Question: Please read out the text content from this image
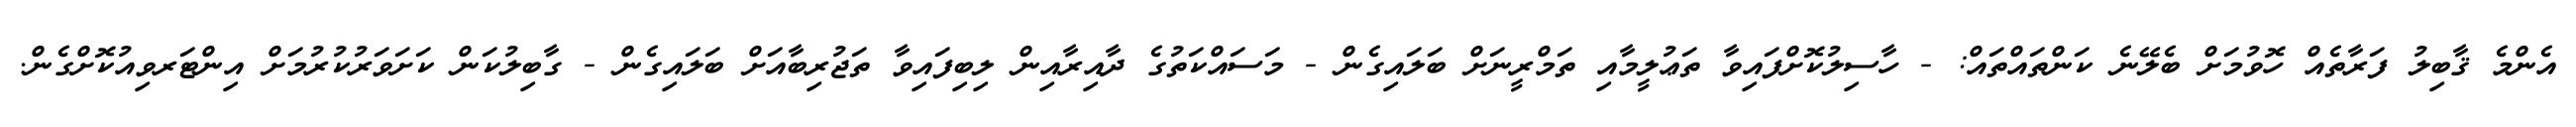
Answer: އެންމެ ޤާބިލު ފަރާތެއް ހޮވުމަށް ބެލޭނެ ކަންތައްތައް: - ހާސިލުކޮށްފައިވާ ތަޢުލީމާއި ތަމްރީނަށް ބަލައިގެން - މަސައްކަތުގެ ދާއިރާއިން ލިބިފައިވާ ތަޖުރިބާއަށް ބަލައިގެން - ގާބިލުކަން ކަށަވަރުކުރުމަށް އިންޓަރވިއުކޮށްގެން.